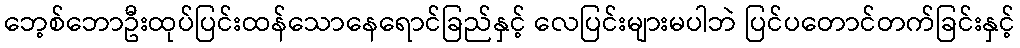
ဘေ့စ်ဘောဦးထုပ်ပြင်းထန်သောနေရောင်ခြည်နှင့် လေပြင်းများမပါဘဲ ပြင်ပတောင်တက်ခြင်းနှင့်